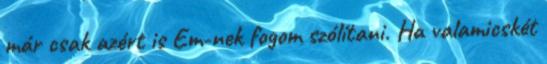
már csak azért is Em-nek fogom szólítani. Ha valamicskét